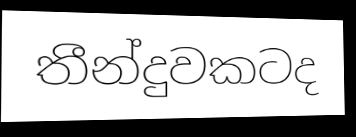
තීන්දුවකටද